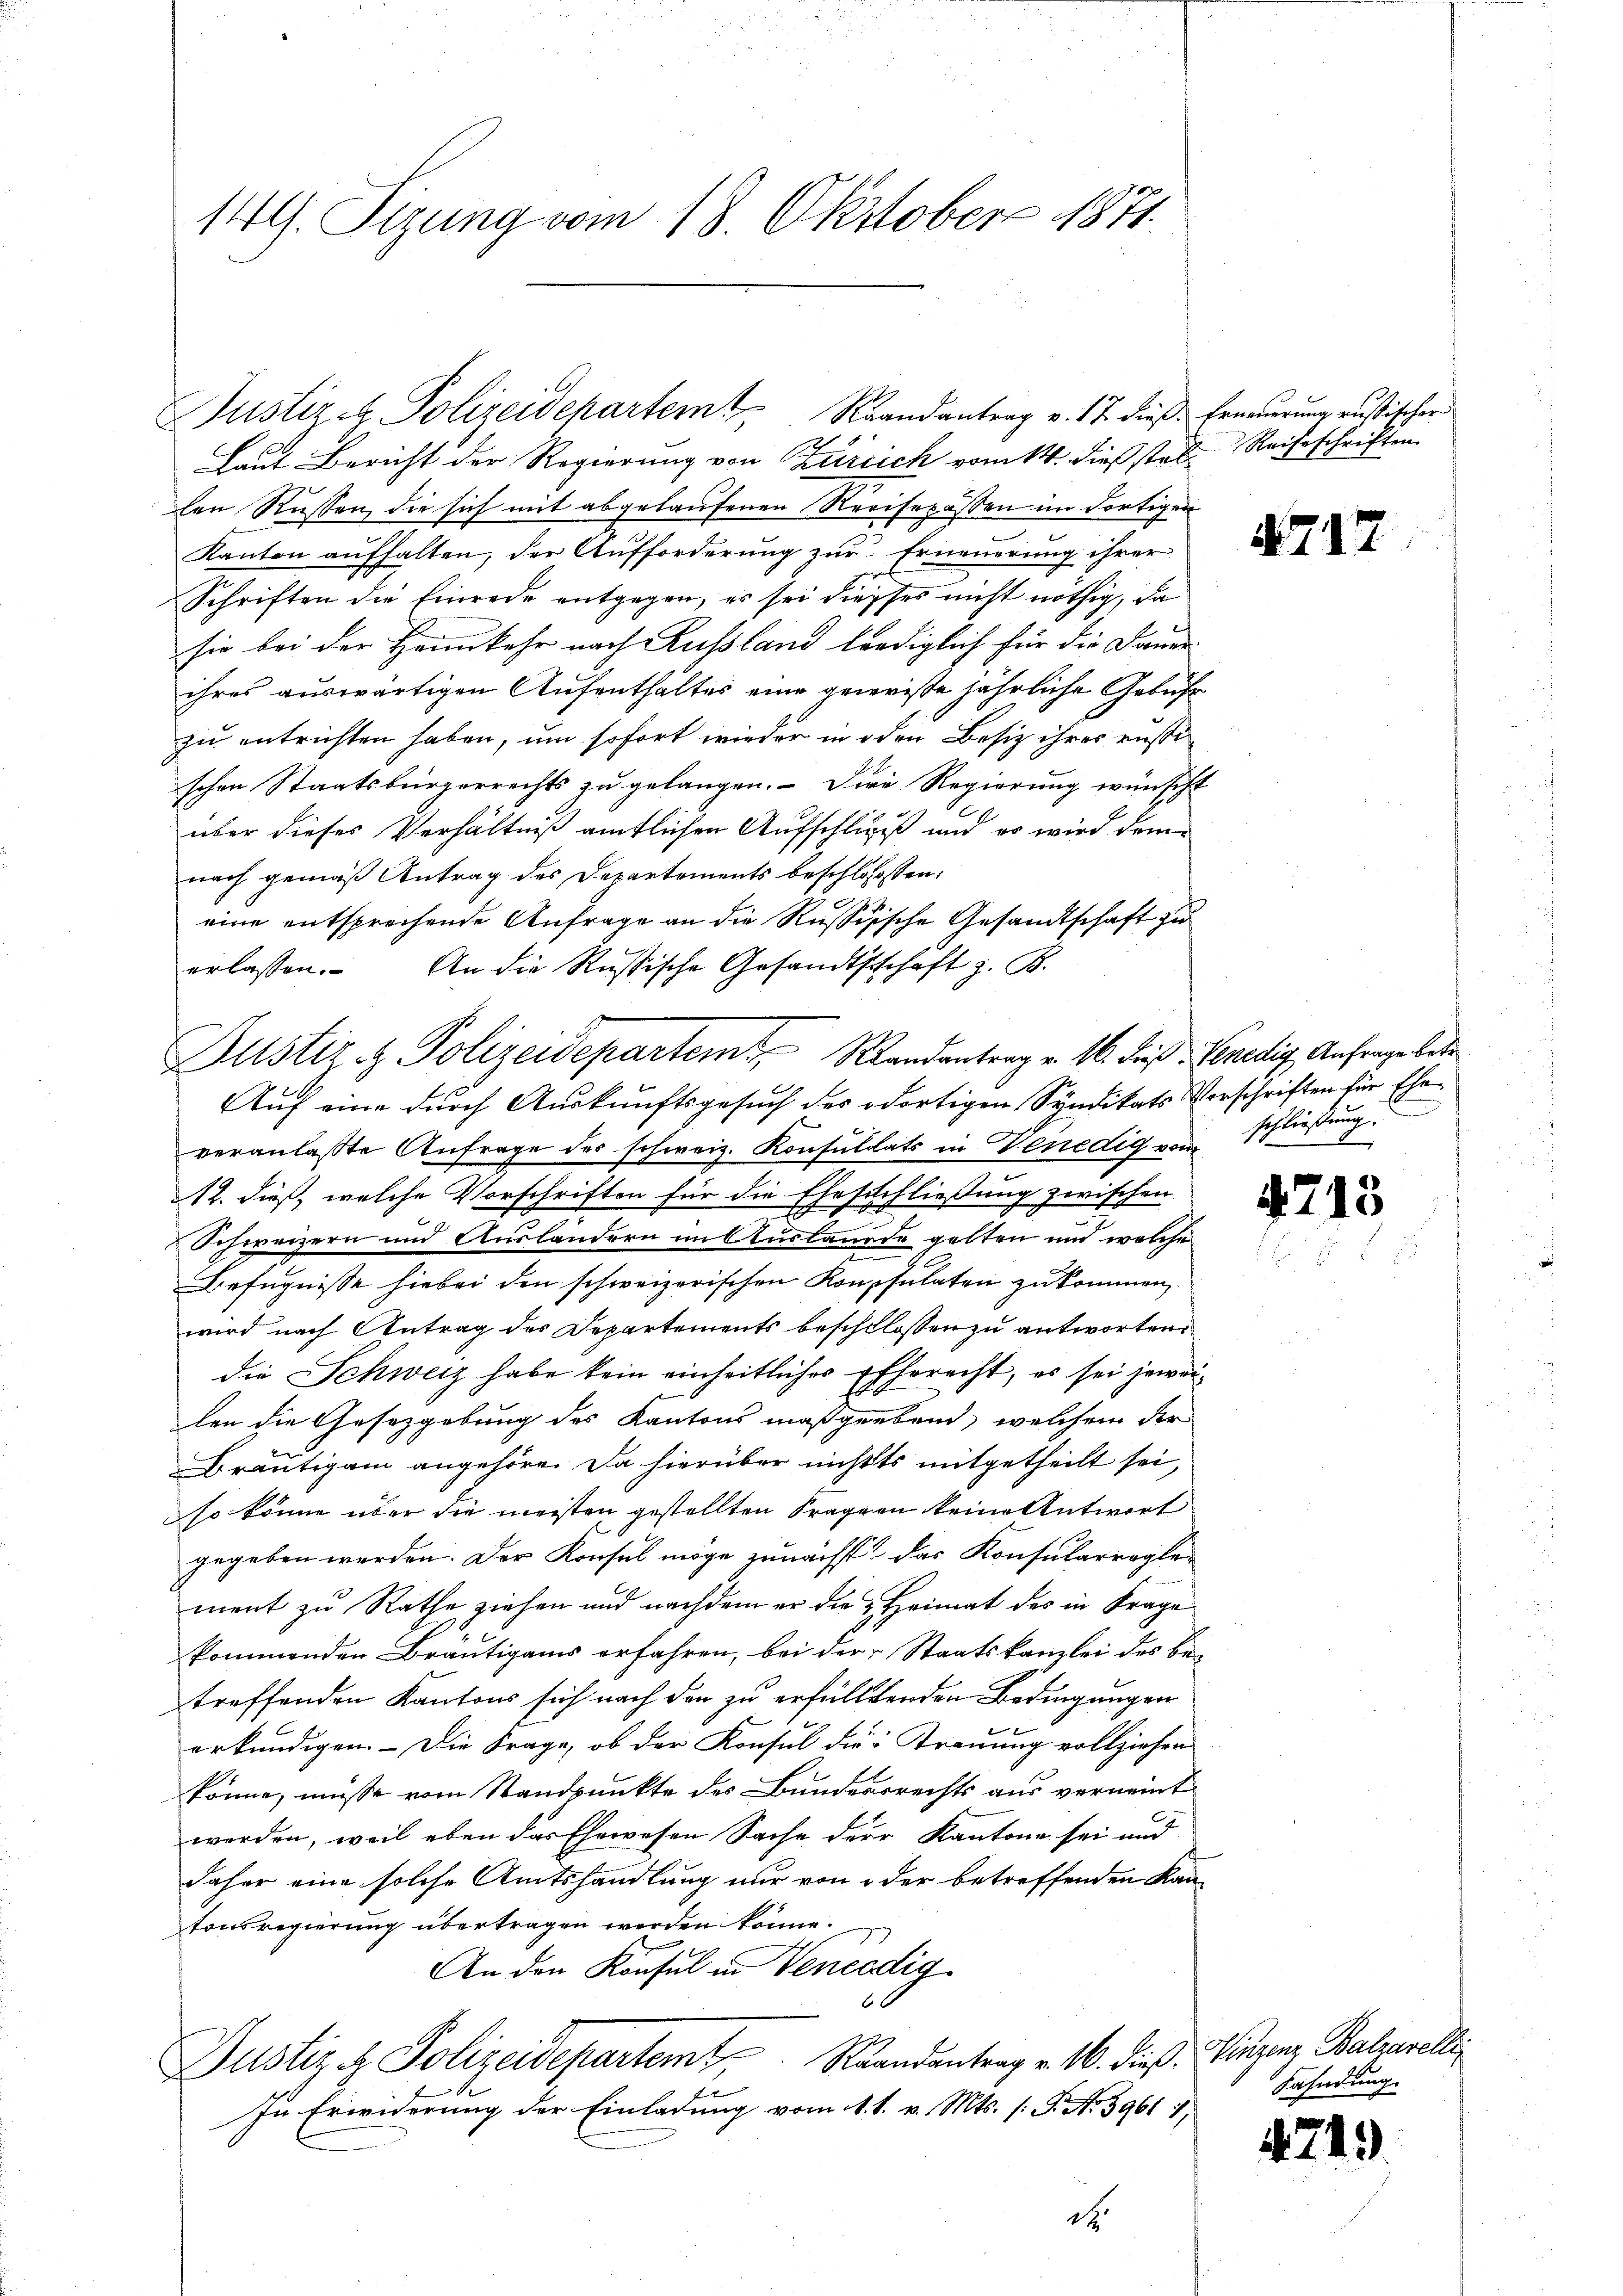
149. Sizung vom 18. Oktober 1871.

Laut Bericht der Regierung von Zürich vom 14. dieß stel Reiseschriften
len Rüssen, die sich mit abgelaufenen Revisepässen im dortigen
Kanton aufhalten, der Aufforderung zur Erneuerung ihrer
Schriften die Einrede entgegen, es sei diesses nicht nöthig, da
sie bei der Heimkehr nach Rußland lediglich für die Dauer-
ihres auswärtigen Aufenthaltes eine geweisse jährliche Gebühr
zu entrichten haben, um sofort wieder in den Besiz ihres russischen Staatsbürgerrechts zu gelangen. Die Regierung wünscht
über dieses Verhältniß amtlichen Aufschlig und es wird demnach gemäß Antrag des Departements beschlossen:
eine entsprechende Anfrage an die Russisische Gesandtschaft zu
erlassen. An die Russische Gesandtschaft z. B.
Auf eine durch Auskunftsgesuch des odortigen Syndikats Vorschriften für Eheveranlaßte Anfrage des schweiz. Konsulats in Venedig vom
12. dieß, welche Vorschriften für die Eheschließung zwischen
2
Schweizern und Ausländern in Auslaude gelten und welche
Befugnisse hiebei den schweizerischen Konpsulaten zukommen
wird nach Antrag des Departements beschlossen zu antworten
die Schweiz habe kein einheitliches Eherecht, es sei jeweilen die Gesetzgebung des Kantons maßgebend, welchem der
Dräutigam angehöre. Da hierüber nichts mitgetheilt sei,
so könne über die meisten gestellten Fragen keine Antwort
gegeben werden. Der Konsul möge zunächst das Konsularreglement zu Rathe ziehen und nachdem er die Heimat des in Frage
kommenden Bräutigams erfahren, bei der Staatskanzlei des be-
treffenden Kantons sich nach den zu erfülltenden Bedingungen
erkundigen. – Die Frage, ob der Konsul die Trauung vollziehen
könne, müsse vom Standpunkte des Bundesrechts aus verneint
werden, weil eben das Ehewesen Sache der Kantone sei und
daher eine solche Amtshandlung nur von oder betreffenden Kan-
tonsregierung übertragen werden könne.
An den Konsul in Venedig
Justiz & Polizeidepartemt, Strandantrag v. M. dieß. Hitzenz Balzavellif
In Erwiderung der Einladung vom 1. 1. v. Mts. (T. No 39611,
dt

Justiz- & Polizeidepartem Randantrag v. 16. dieß Venedig Anfrage betr

Justiz & Polizeidepartem Randantrag v. 17. dieß: Erneuerung rußischer

4717

713

e
schließung.
g

Fahndung.

4749.